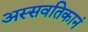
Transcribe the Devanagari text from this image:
अस्सवतिकानं